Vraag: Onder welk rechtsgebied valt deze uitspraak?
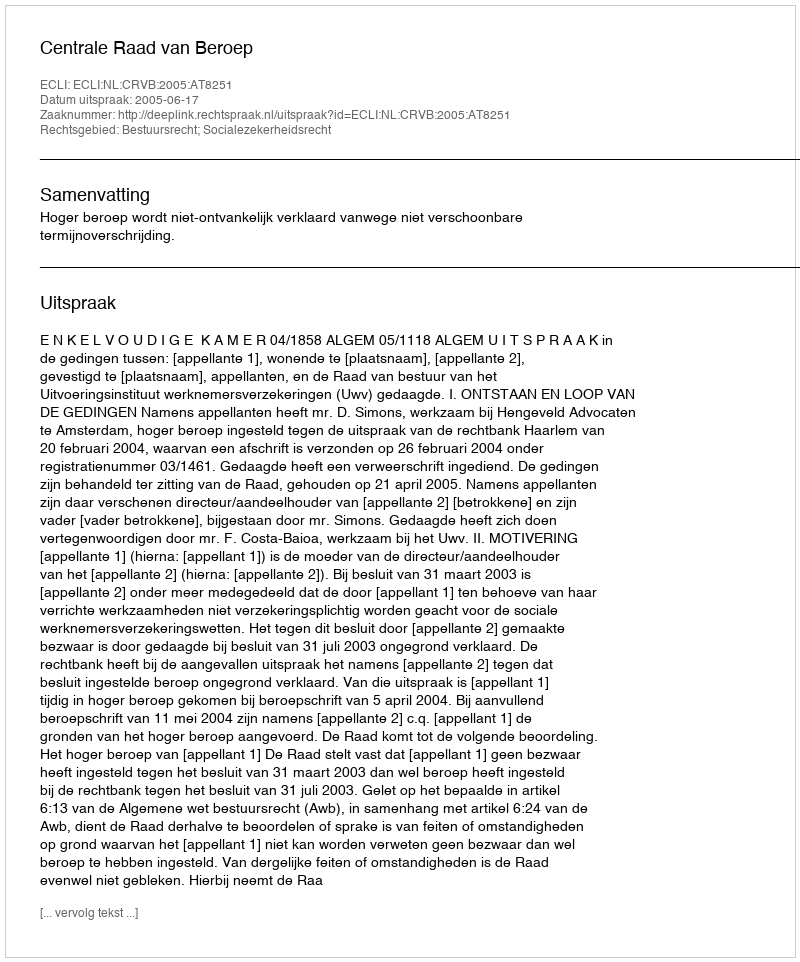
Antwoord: Bestuursrecht; Socialezekerheidsrecht